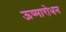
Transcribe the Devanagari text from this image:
ऊष्मारोधन